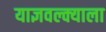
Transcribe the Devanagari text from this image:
याज्ञवल्क्याला